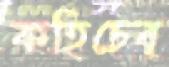
কহিচেব্